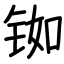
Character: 铷